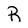
Character: R